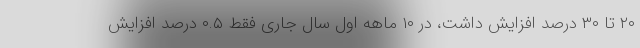
۲۰ تا ۳۰ درصد افزایش داشت، در ۱۰ ماهه اول سال جاری فقط ۰.۵ درصد افزایش